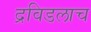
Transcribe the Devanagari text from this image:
द्रविडलाच